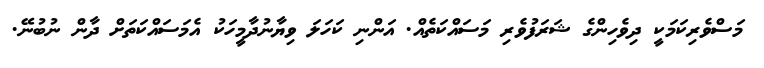
މަސްވެރިކަމަކީ ދިވެހިންގެ ޝަރަފުވެރި މަސައްކަތެއް. އަންނި ކަހަލަ ވިޔާނުދާމީހަކު އެމަސައްކަތަށް ދާން ނުބުނޭ.